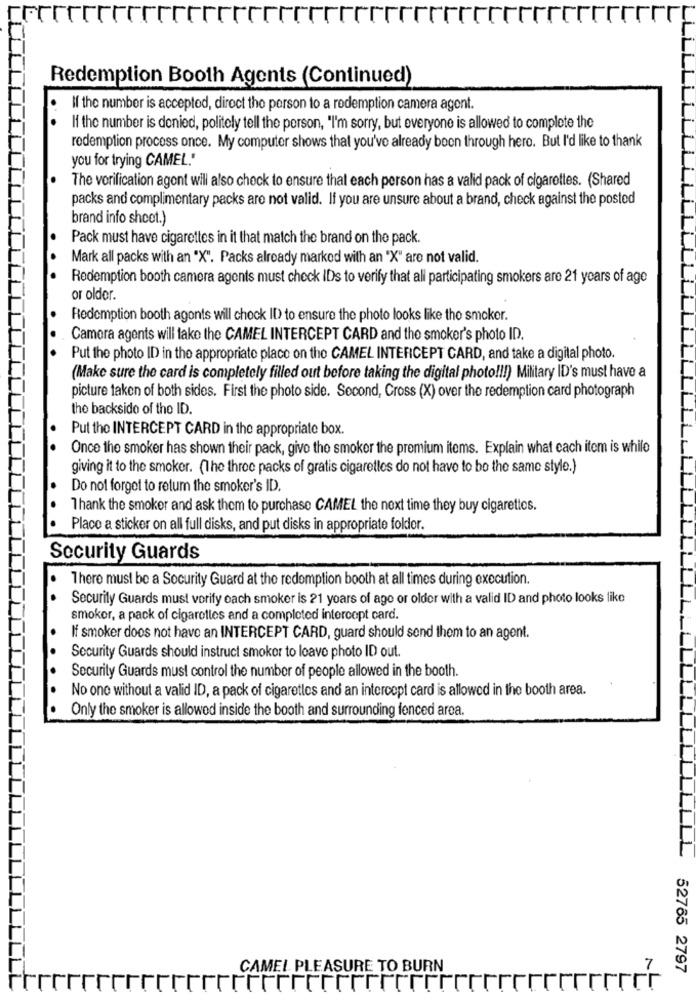
Redemption Booth Agents (Continued)
If the number is accepted, direct the person to a redemption camera agent.
If the number is denied, politely tell the person, "I'm sorry, but everyone is allowed to complete the
redemption process once. My computer shows that you've already been through hero. But I'd like to thank
you for trying CAMEL."
The verification agent will also check to ensure that each person has a valid pack of cigarettes. (Shared
packs and complimentary packs are not valid. If you are unsure about a brand, check against the posted
brand info sheet.)
Pack must have cigarettes in it that match the brand on the pack.
Mark all packs with an "X". Packs already marked with an "X" are not valid.
Redemption booth camera agents must check IDs to verify that all participating smokers are 21 years of age
or older.
Redemption booth agents will check ID to ensure the photo looks like the smoker.
Camera agents will take the CAMEL INTERCEPT CARD and the smoker's photo ID.
Put the photo ID in the appropriate place on the CAMEL INTERCEPT CARD, and take a digital photo.
(Make sure the card is completely filled out before taking the digital photo !!! ) Military ID's must have a
picture taken of both sides. First the photo side. Second, Cross (X) over the redemption card photograph
the backside of the ID.
Put the INTERCEPT CARD in the appropriate box.
Once the smoker has shown their pack, give the smoker the premium items. Explain what each item is while
giving it to the smoker. (The three packs of gratis cigaretles do not have to be the same style.)
Do not forget to retum the smoker's ID.
Thank the smoker and ask them to purchase CAMEL the next time they buy cigarettes.
Placo a sticker on all full disks, and put disks in appropriate folder.
Security Guards
There must be a Security Guard at the redemption booth at all times during execution.
Security Guards must verify each smoker is 21 years of age or older with a valid ID and photo looks like
smoker, a pack of cigarettes and a completed intercept card.
If smoker doos not have an INTERCEPT CARD, guard should send them to an agent.
Security Guards should instruct smoker to leave photo ID out.
Security Guards must control the number of people allowed in the booth.
No one without a valid ID, a pack of cigaretles and an intercept card is allowed in the booth area.
Only the smoker is allowed inside the booth and surrounding fenced area
_LL
CAMEL PLEASURE TO BURN
52765 2797